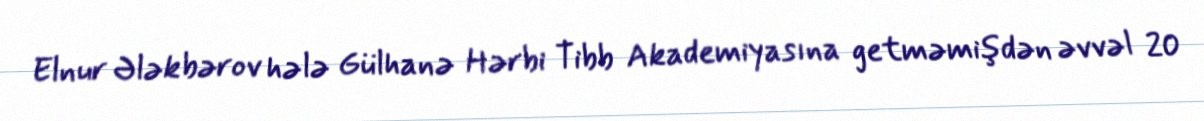
Elnur Ələkbərov hələ Gülhanə Hərbi Tibb Akademiyasına getməmişdən əvvəl 20